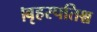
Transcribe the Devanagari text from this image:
।बृहस्पतिश्च